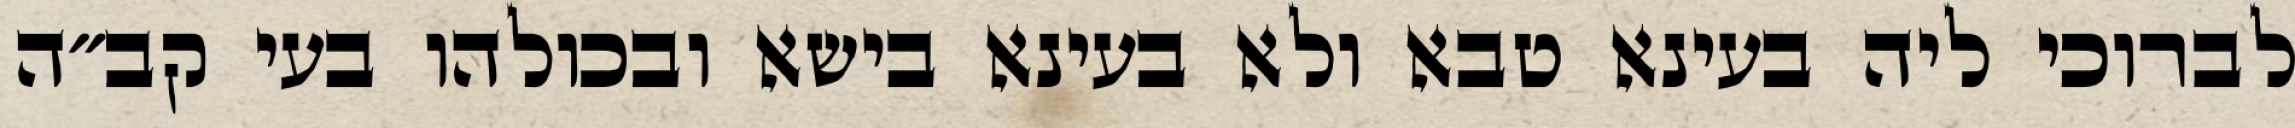
לברוכי ליה בעינא טבא ולא בעינא בישא ובכולהו בעי קב״ה